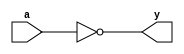
module not_gate_df(a,y);
input a;
output wire y;
assign y = ~a;
endmodule